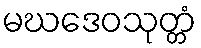
မဃဒေဝသုတ္တံ